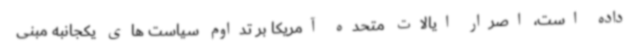
داده است، اصرار ایالات متحده آمریکا بر تداوم سیاست های یکجانبه مبنی